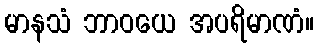
မာနသံ ဘာဝယေ အပရိမာဏံ။